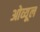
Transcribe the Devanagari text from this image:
ओव्यूल